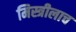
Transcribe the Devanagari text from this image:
मिस्त्रीलाच